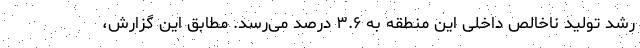
رشد تولید ناخالص داخلی این منطقه به ۳.۶ درصد می‌رسد. مطابق این گزارش،